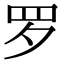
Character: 罗